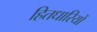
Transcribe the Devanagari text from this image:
हितधारियों